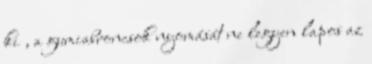
ki , a gumiabroncsok nyomását ne legyen lapos az